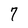
Character: 7